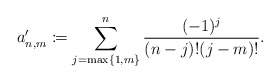
\begin{align*} a'_{n,m}\coloneqq\sum_{j=\max\{1,m\}}^n\frac{(-1)^j}{(n-j)!(j-m)!}.\end{align*}